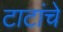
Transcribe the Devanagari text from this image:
टाटांचे